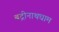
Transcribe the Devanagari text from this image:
बद्रीनाथधाम